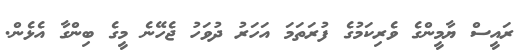
ރައީސް ޔާމީންގެ ވެރިކަމުގެ ފުރަތަމަ އަހަރު ދުވަހު ޖެހޭނެ މީގެ ބިންގާ އެޅެން.